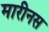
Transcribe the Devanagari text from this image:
मारीनस